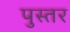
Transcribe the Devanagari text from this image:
पुस्तर